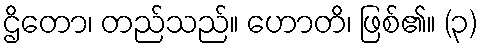
ဌိတော၊ တည်သည်။ ဟောတိ၊ ဖြစ်၏။ (၃)